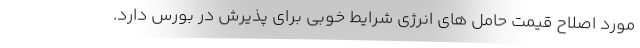
مورد اصلاح قیمت حامل های انرژی شرایط خوبی برای پذیرش در بورس دارد.